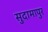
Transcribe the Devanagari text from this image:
सुदामापुर